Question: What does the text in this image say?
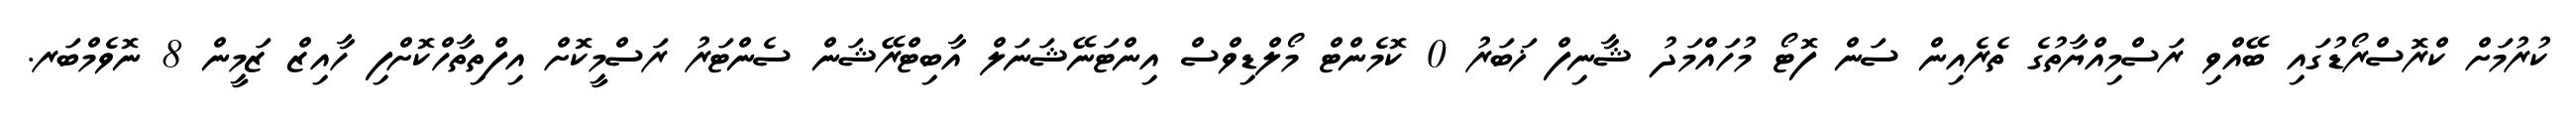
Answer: ކުރުމަށް ކްރޮސްރޯޑުގައި ބޭއްވި ރަސްމިއްޔާތުގެ ތެރެއިން ސަން ފޮޓޯ މުހައްމަދު ޝާނިފް ޚަބަރު 0 ކޮމެންޓް މޯލްޑިވްސް އިންޓަނޭޝަނަލް އާބިޓްރޭޝަން ސެންޓަރު ރަސްމީކޮށް އިފްތިތާހްކޮށްފި ހާއިޒް ޒަމީން 8 ނޮވެމްބަރ.